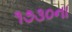
૧૭૩૦ના